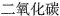
二氧化碳